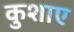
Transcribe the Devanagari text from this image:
कुशाए